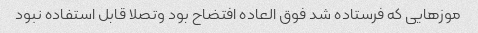
موزهایی که فرستاده شد فوق العاده افتضاح بود و‌تصلا قابل استفاده نبود